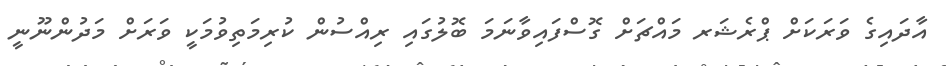
އާދައިގެ ވަރަކަށް ޕްރެޝަރ މައްޗަށް ގޮސްފައިވާނަމަ ބޮލުގައި ރިއްސުން ކުރިމަތިވުމަކީ ވަރަށް މަދުންނޫނީ